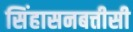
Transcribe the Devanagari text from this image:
सिंहासनबत्तीसी